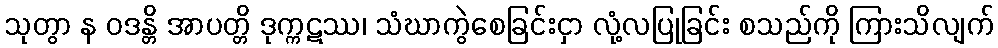
သုတွာ န ဝဒန္တိ အာပတ္တိ ဒုက္ကဋဿ၊ သံဃာကွဲစေခြင်းငှာ လုံ့လပြုခြင်း စသည်ကို ကြားသိလျက်